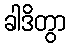
ခါဒိတွာ